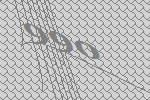
990